Malarial fevers
Disease focus: Malaria
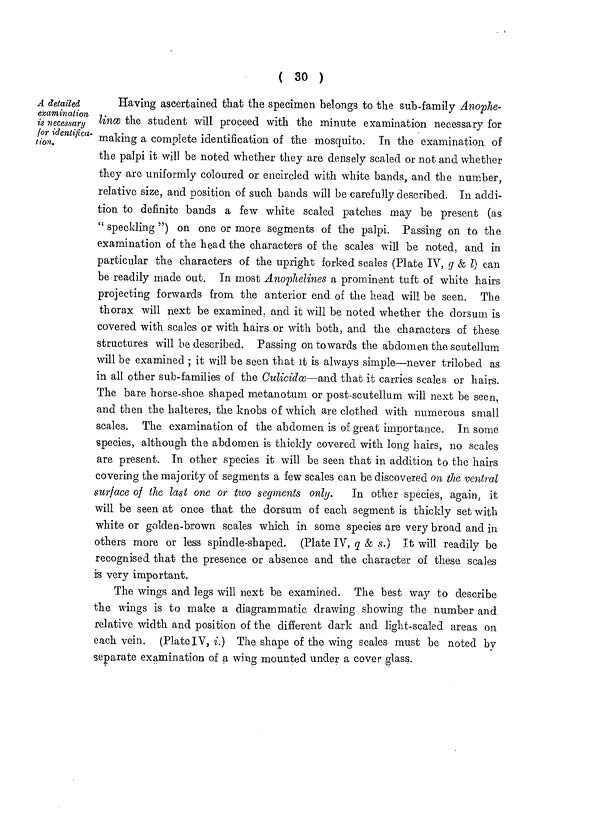
( 30 )
A detailed
examination
is necessary
for identifica-
tion.
Having ascertained that the specimen belongs to the sub-family Anophe-
lince the student will proceed with the minute examination necessary for
making a complete identification of the mosquito. In the examination of
the palpi it will be noted whether they are densely scaled or not and whether
they are uniformly coloured or encircled with white bands, and the number,
relative size, and position of such bands will be carefully described. In addi-
tion to definite bands a few white scaled patches may be present (as
" speckling ") on one or more segments of the palpi. Passing on to the
examination of the head the characters of the scales will be noted, and in
particular the characters of the upright forked scales (Plate IV, g & l) can
be readily made out. In most Anophelines a prominent tuft of white hairs
projecting forwards from the anterior end of the head will be seen. The
thorax will next be examined, and it will be noted whether the dorsum is
covered with scales or with hairs or with both, and the characters of these
structures will be described. Passing on to wards the abdomen the scutellum
will be examined ; it will be seen that it is always simple—never trilobed as
in all other sub-families of the Culicidce—and that it carries scales or hairs.
The bare horse-shoe shaped metanotum or post-scutellum will next be seen,
and then the halteres, the knobs of which are clothed with numerous small
scales. The examination of the abdomen is of great importance. In some
species, although the abdomen is thickly covered with long hairs, no scales
are present. In other species it will be seen that in addition to the hairs
covering the majority of segments a few scales can be discovered on the ventral
surface of the last one or two segments only.
In other species, again, it
will be seen at once that the dorsum of each segment is thickly set with
white or golden-brown scales which in some species are very broad and in
others more or less spindle-shaped. (Plate IV, q & s.) It will readily be
recognised that the presence or absence and the character of these scales
is very important.
The wings and legs will next be examined. The best way to describe
the wings is to make a diagrammatic drawing showing the number and
relative width and position of the different dark and light-scaled areas on
each vein. (Plate IV, i.) The shape of the wing scales must be noted by
separate examination of a wing mounted under a cover glass.